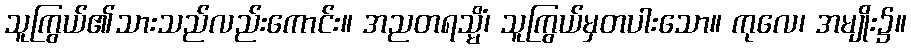
သူကြွယ်၏သားသည်လည်းကောင်း။ အညတရသ္မိံ၊ သူကြွယ်မှတပါးသော။ ကုလေ၊ အမျိုး၌။